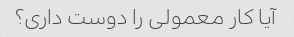
آیا کار معمولی را دوست داری؟